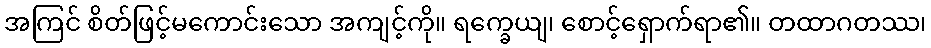
အကြင် စိတ်ဖြင့်မကောင်းသော အကျင့်ကို။ ရက္ခေယျ၊ စောင့်ရှောက်ရာ၏။ တထာဂတဿ၊